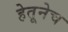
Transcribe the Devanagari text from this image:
हेतूनेच